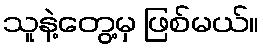
သူနဲ့တွေ့မှ ဖြစ်မယ်။